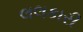
લલકારી